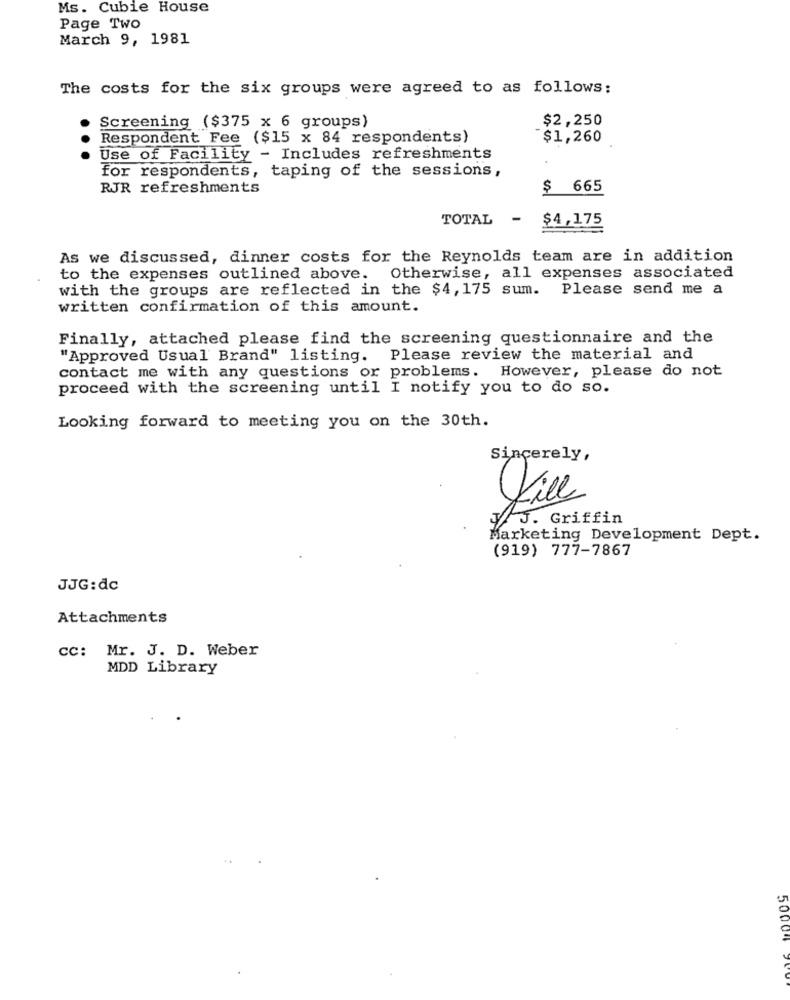
Ms. Cubie House
Page Two
March 9, 1981
The costs for the six groups were agreed to as follows:
$2,250
Screening ($375 x 6 groups)
Respondent Fee ($15 x 84 respondents)
$1,260
...
Use of Facility - Includes refreshments
for respondents, taping of the sessions,
RJR refreshments
$ 665
TOTAL - $4,175
As we discussed, dinner costs for the Reynolds team are in addition
to the expenses outlined above. Otherwise, all expenses associated
with the groups are reflected in the $4,175 sum. Please send me a
written confirmation of this amount.
Finally, attached please find the screening questionnaire and the
"Approved Usual Brand" listing. Please review the material and
contact me with any questions or problems. However, please do not
proceed with the screening until I notify you to do so.
Looking forward to meeting you on the 30th.
Sincerely,
J. Griffin
Marketing Development Dept.
(919) 777-7867
JJG:dc
Attachments
cc: Mr. J. D. Weber
MDD Library
50004